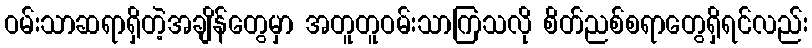
ဝမ်းသာဆရာရှိတဲ့အချိန်တွေမှာ အတူတူဝမ်းသာကြသလို စိတ်ညစ်စရာတွေရှိရင်လည်း